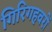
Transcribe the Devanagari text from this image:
गिरिगहवरों